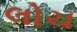
લોચ